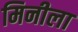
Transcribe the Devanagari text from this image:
मिनीला